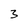
Character: 3